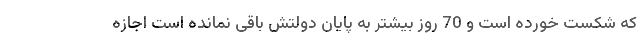
که شکست خورده است و 70 روز بیشتر به پایان دولتش باقی نمانده است اجازه